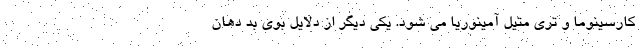
کارسینوما و تری متیل آمینوریا می شود. یکی دیگر از دلایل بوی بد دهان